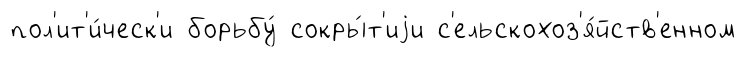
пол'ит'и́ческ'и борьбу́ сокры́т'иjи с'ельскохоз'я́йств'енном